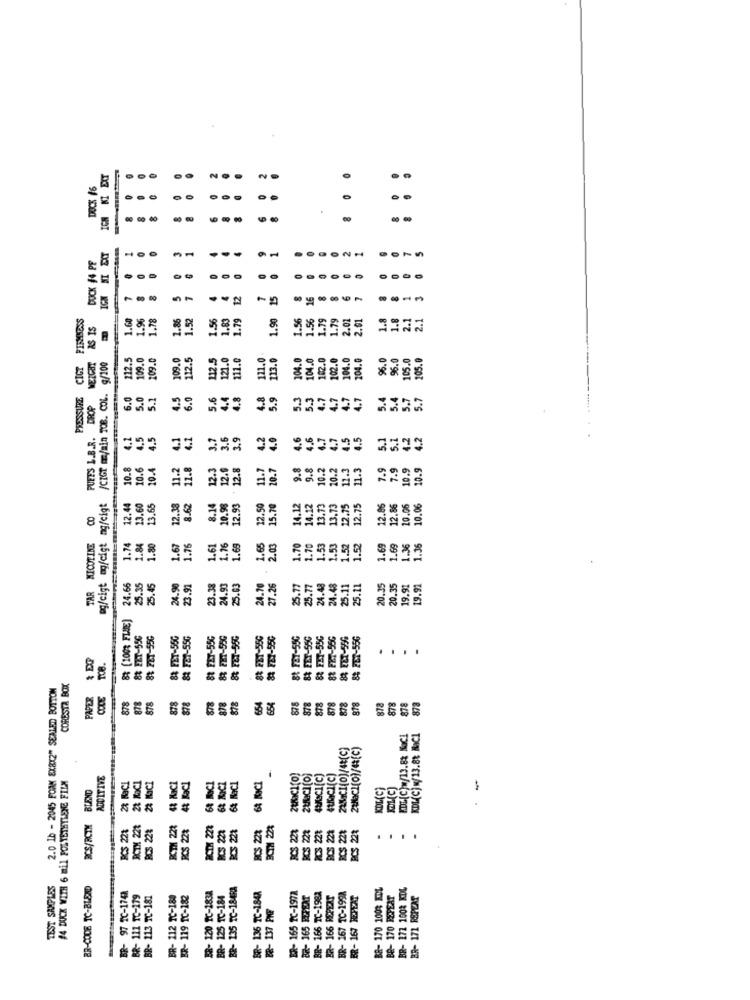
:
DOCK #6
80
6 0
6
1
1
5
DUCK #4 PF
--
O
5
12
15
..
FIRMNESS
1.60
1.9%
1.78
1.86
1.52
1.56
1.83
1.79
1.90
1.56
1.56
1.79
1.79
2.02
2.01
1.8
1.8
2.1
2.1
AS IS
112.5
109.0
112.5
112.5
121.0
111.0
113.0
104.0
104.0
12.0
102.0
104.0
204.0
96.0
105.0
CIGT
7/100
111.0
96.
105.0
PRESSURE
@g/cigt mg/cigt mg/cigt /CIGT m/min TOB. COL.
6.0
5.0
5.1
4.5
6.0
5.6
4.8
4.8
5.9
5.3
5.3
4.7
4.7
4.7
5.4
5.4
5.7
PUEES L.B.R. DROP
4.1
5.7
4.2
4.5
4.5
4.1
4.2
3.7
3.6
3.9
4.2
4.6
4.6
4.7
4.7
4.5
4.5
5.1
5.1
4.2
4,2
10.8
10.6
10.4
11.2
11.8
12.3
12.9
12.8
11.7
10.7
9.8
9.8
10.2
10.2
12.3
11.3
7.9
7.9
10.9
10.9
12.86
12.86
10.06
10.06
12.44
13.60
13.65
8.62
8.14
20.98
12.93
12.50
15.70
14.12
14.12
13.73
13.73
12.75
12.75
TAR MICOTINE
1.74
1.84
1.80
1.67
1.76
1.61
1.76
1.69
1.65
2.03
1.70
1.70
1.53
1.53
1.52
1.52
1.69
1.69
1.36
1.36
24.48
20.35
24.66
5.35
25.45
24.90
23.91
23.38
24.93
25.03
24.70
27.26
25.77
25.77
24.48
25.11
25.11
0.35
19.91
19.91
& (100% FLUE)
88 FET-550
88 FET-55G
84 FET-55G
8 FET-55G
88 FET-55G
83 FET-55G
8& FET-55G
88 FET-350
8 FE7-550
8t FET-55G
88 FET-55G
88 FET-55G
88 FET-55G
83 FET-556
.
.
.
2.0 1b - 2045 FOAM 8X8X2" SEALED BOTTOM
CORESTA BOX
PAPER
COLE
878
878
878
878
878
878
654
654
878
878
878
878
878
878
878
878
878
878
873
KDL(C) M/13.88 MICI
#4 DUCK WITH 6 mil POLYETHYLENE FILM
ADDITIVE
2& RaCI
24 NaCl
48 KaCI
6% NaCl
48MaCI (c)
4Cl(c)
RCS/RCIM BLEND
4 MICI
68 MICI
KOL(C)
EL(C)
PCS 22%
BCTX 221
RCS 228
BOTH 223
RCS 22%
RCS 223
RCS 228
BCS 223
BCTH 223
RCS 224
S 221
BCS 221
RCS 221
BCS 28
PCS
....
TEST SAMPLES
BR-CODE TC-BLEND
BR- 135 TC-18481
- 165 TC-1972
57 TC-1998
- 170 1001 ImL
1 1001 KDL
BR- 97 2C-1742
BR- 111 TC-179
BR- 113 TC-181
BR- 112 TC-180
BR- 119 TC-182
ER- 120 TC-1838
BR- 125 TC-184
6 TC-1848
BR- 165 REPEAT
- 166 TC-1981
- 166 ROPERT
EAT
171 ROPEAT
88- 137 PMF